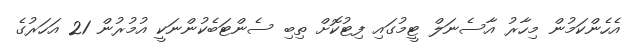
އެހެންކަމުން މިހާރު އާސެނަލް ޓީމުގައި ފިޓުކޮށް ތިބި ސެންޓަބެކުންނަކީ އުމުރުން 21 އަހަރުގެ